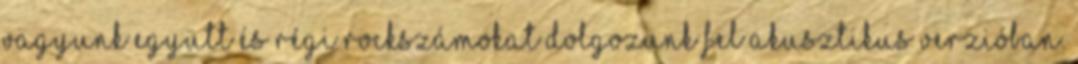
vagyunk együtt és régi rockszámokat dolgozunk fel akusztikus verzióban.